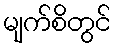
မျက်စိတွင်